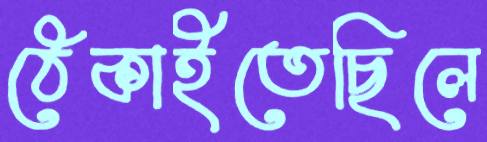
ঠেকাইতেছিলে